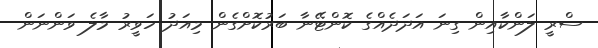
ސްރީ ލަންކާއިން ގިނަ އަދަދެއްގެ ކޮންޓޭނާ ބަރުކޮށްގެން މިއަދު ހަވީރު މާލެ ވަންނަން